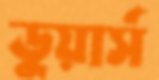
ডুয়ার্স